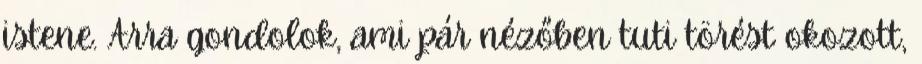
istene. Arra gondolok, ami pár nézőben tuti törést okozott,